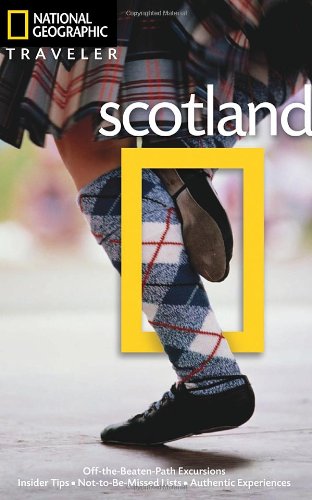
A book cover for National Geographic Traveler: Scotland; Robin McKelvie; Travel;